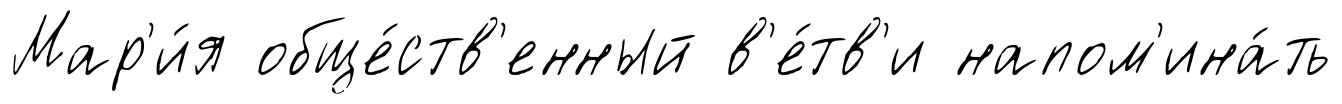
Мар'и́я обще́ств'енный в'е́тв'и напом'ина́ть